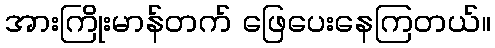
အားကြိုးမာန်တက် ဖြေပေးနေကြတယ်။